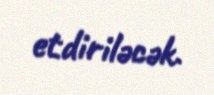
etdiriləcək.